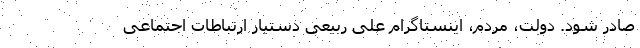
صادر شود. دولت، مردم، اینستاگرام علی ربیعی دستیار ارتباطات اجتماعی